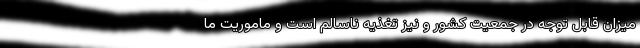
میزان قابل توجه در جمعیت کشور و نیز تغذیه ناسالم است و ماموریت ما